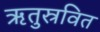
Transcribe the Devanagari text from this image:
ऋतुस्रवित